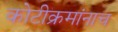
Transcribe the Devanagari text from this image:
कोटीक्रमांनाच